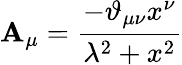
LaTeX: \mathbf{A}_{\mu}=\frac{{-\vartheta_{\mu\nu}x^{\nu}}}{{\lambda^{2}+x^{2}}}